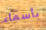
بأسماء